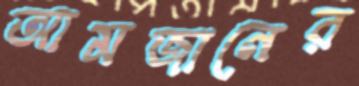
আমজানের